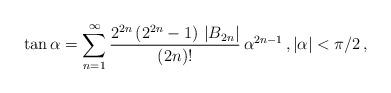
LaTeX: \begin{align*}\tan \alpha = \sum_{n=1}^\infty \frac{2^{2n}\,(2^{2n}-1)\,\left|B_{2n}\right|}{(2n)!}\,\alpha^{2n-1}\,,|\alpha|<\pi/2\,, \end{align*}